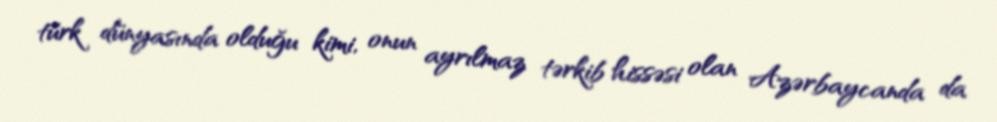
türk dünyasında olduğu kimi, onun ayrılmaz tərkib hissəsi olan Azərbaycanda da